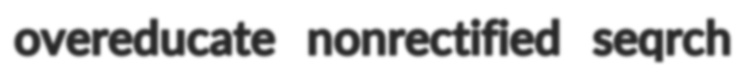
overeducate nonrectified seqrch